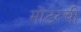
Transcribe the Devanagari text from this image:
मोटरची